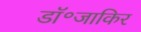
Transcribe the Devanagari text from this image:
डॉ॰जाकिर